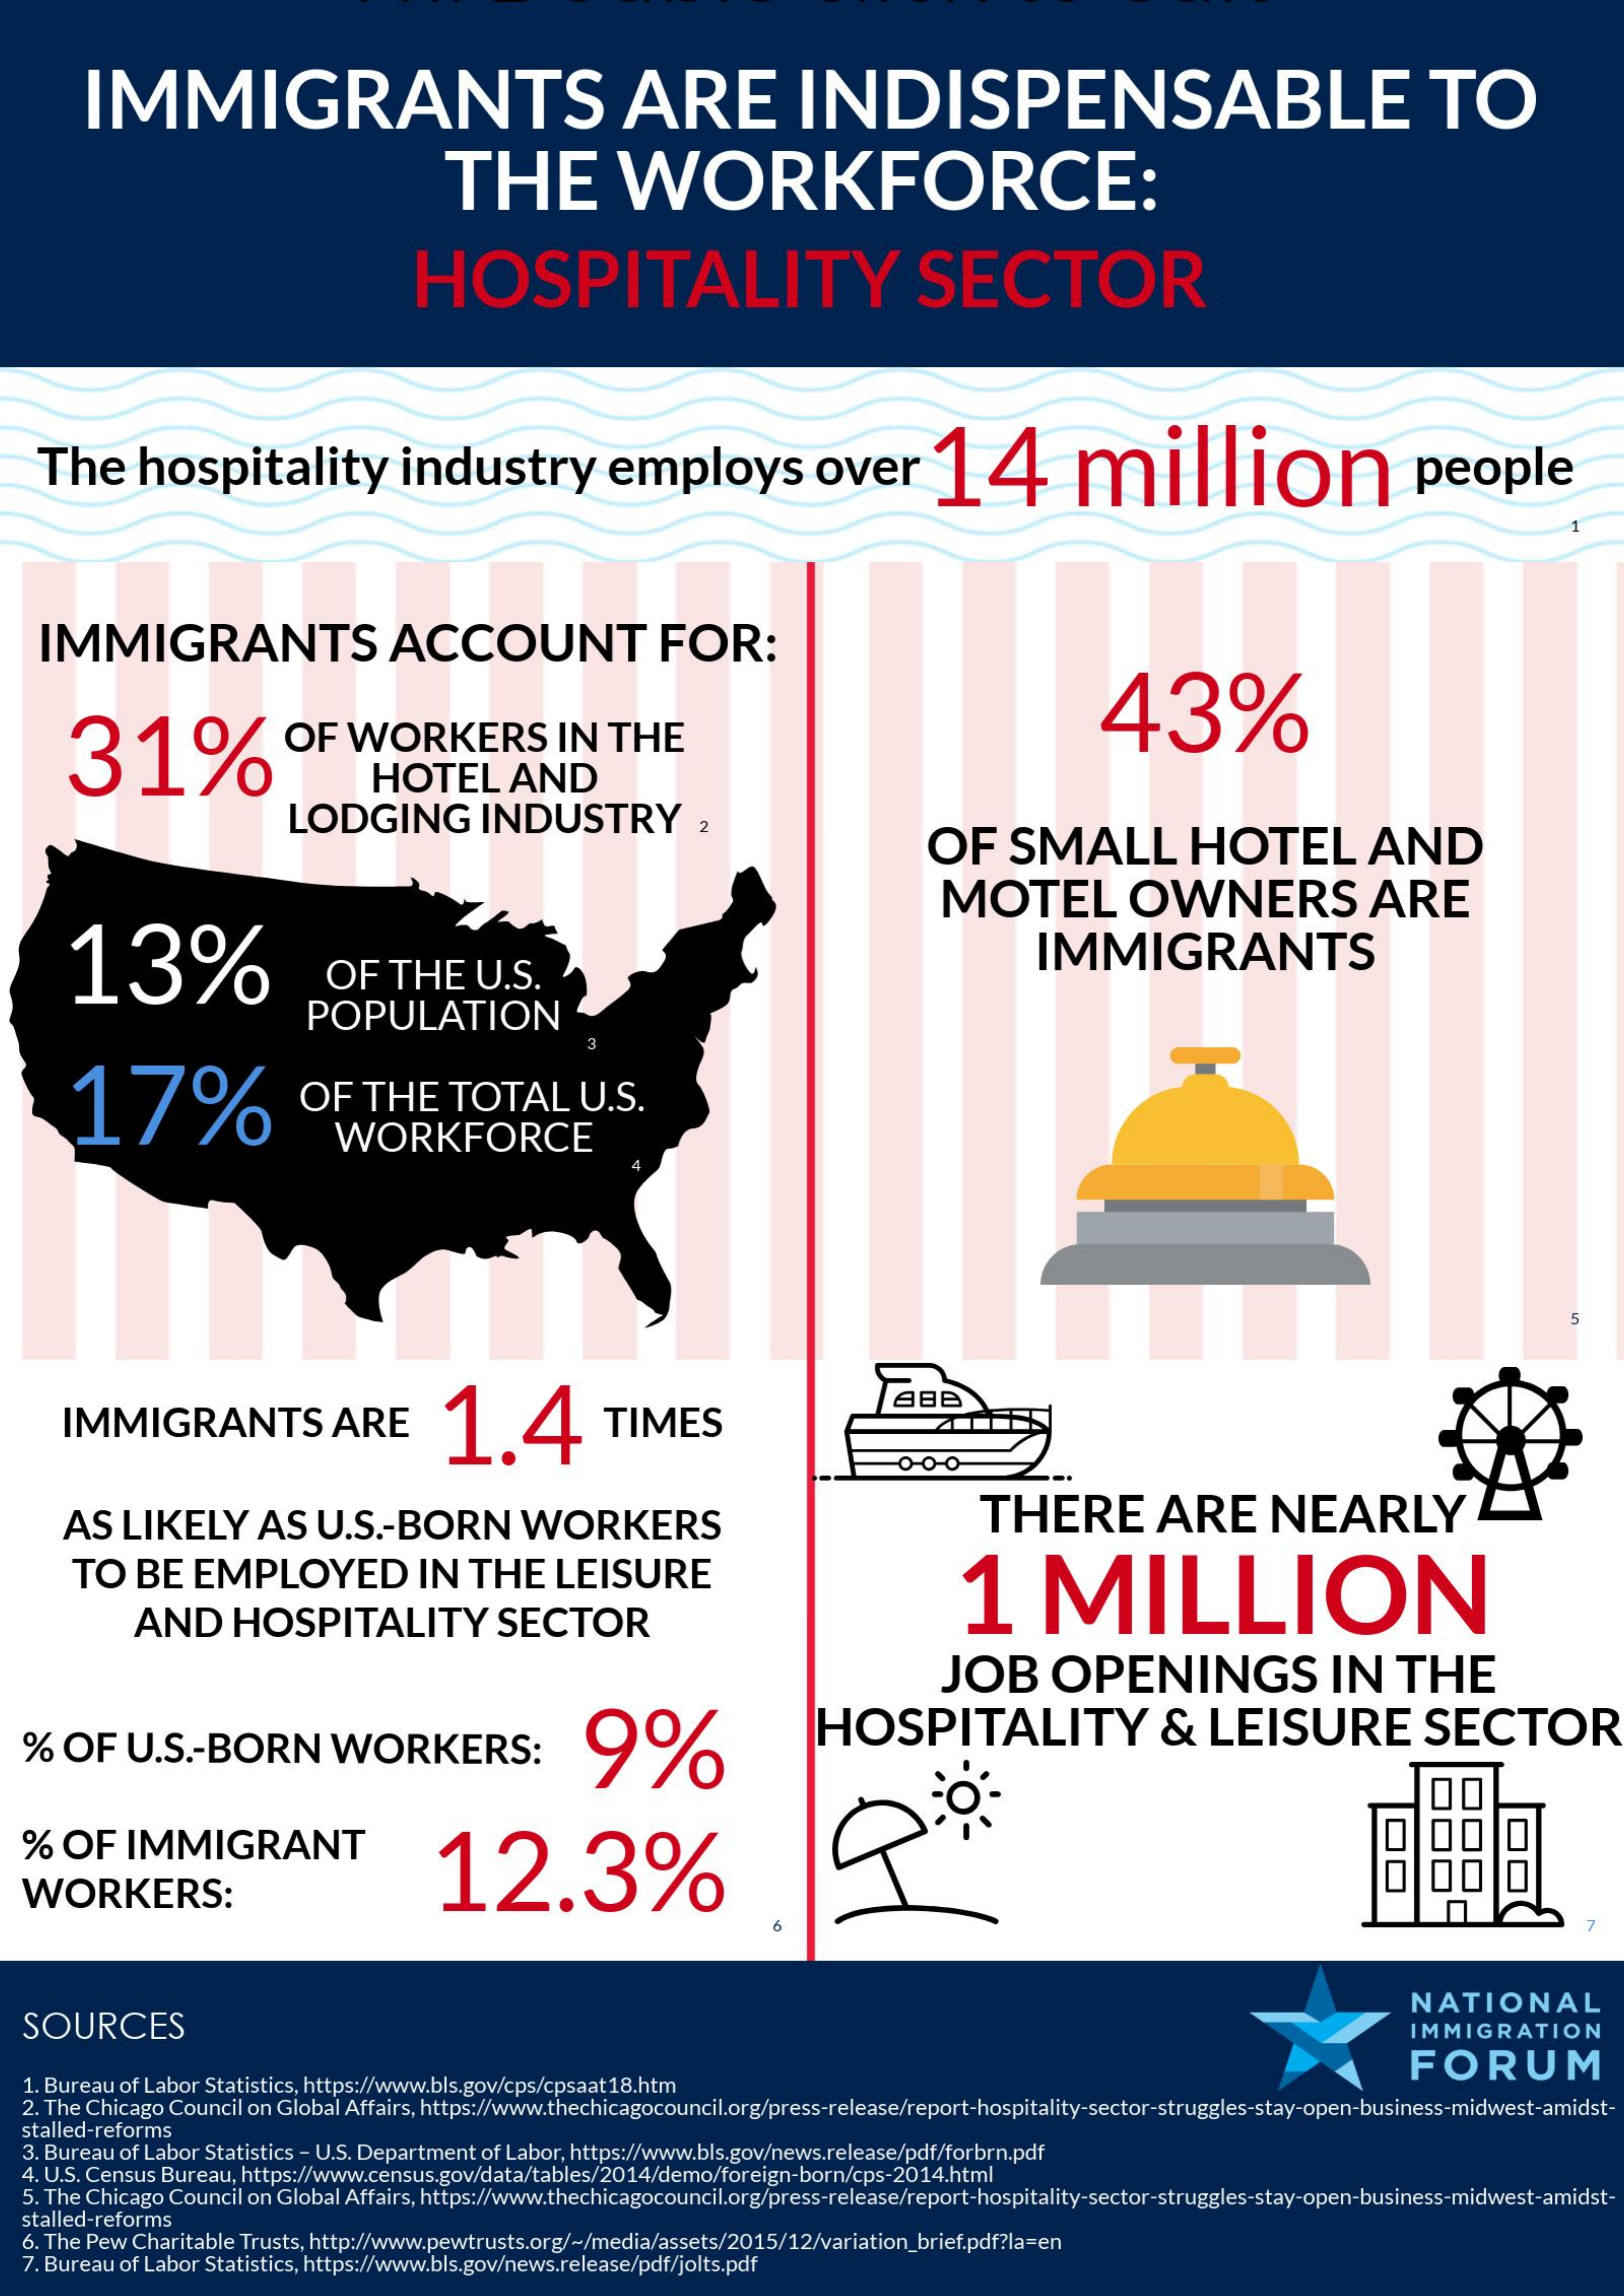
IMMIGRANTS    ARE    INDISPENSABLE    TO
     THE    WORKFORCE:
     HOSPITALITY    SECTOR
    The    hospitality    industry    employs    over    14    million    people
    IMMIGRANTS    ACCOUNT    FOR:
     31%    OF    WORKERS    IN   THE
     43%
     HOTEL    AND
     LODGING    INDUSTRY    2
     OF    SMALL    HOTEL    AND
     13%
     MOTEL    OWNERS    ARE
     OF    THE    U.S.
     IMMIGRANTS
     POPULATION
     17%    OF    THE    TOTAL    U.S.
     WORKFORCE
     IMMIGRANTS    ARE    1.4    TIMES
     TeBe
     ZTLES
     AS   LIKELY    AS    U.S   .- BORN    WORKERS    THERE    ARE    NEARLY
     TO   BE    EMPLOYED    IN   THE    LEISURE
     1    MILLION
     AND    HOSPITALITY    SECTOR
     JOB    OPENINGS    IN    THE
   %  OF    U.S   .- BORN    WORKERS:    9%    HOSPITALITY    &   LEISURE    SECTOR
   %  OF    IMMIGRANT
     12.3%
  WORKERS:
  SOURCES
     NATIONAL
     IMMIGRATION
   1. Bureau of Labor Statistics, https://www.bls.gov/cps/cpsaat18.htm
     FORUM
  2. The Chicago Council on Global Affairs, https://www.thechicagocouncil.org/press-release/report-hospitality-sector-struggles-stay-open-business-midwest-amidst-
  3. Bureau of Labor Statistics - U.S. Department of Labor, https://www.bls.gov/news.release/pdf/forbrn.pdf
  stalled-reforms
  4. U.S. Census Bureau, https://www.census.gov/data/tables/2014/demo/foreign-born/cps-2014.html
  5. The Chicago Council on Global Affairs, https://www.thechicagocouncil.org/press-release/report-hospitality-sector-struggles-stay-open-business-midwest-amidst-
  stalled-reforms
   6. The Pew Charitable Trusts, http://www.pewtrusts.org/~/media/assets/2015/12/variation_brief.pdf?la=en
   7. Bureau of Labor Statistics, https://www.bls.gov/news.release/pdf/jolts.pdf